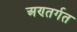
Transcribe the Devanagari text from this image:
अण्तर्गत